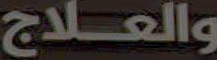
والعلاج